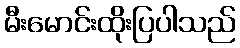
မီးမောင်းထိုးပြပါသည်